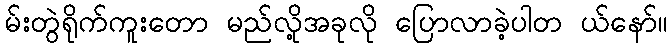
မ်းတွဲရိုက်ကူးတော မည်လို့အခုလို ပြောလာခဲ့ပါတ ယ်နော်။